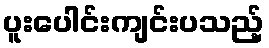
ပူးပေါင်းကျင်းပသည့်